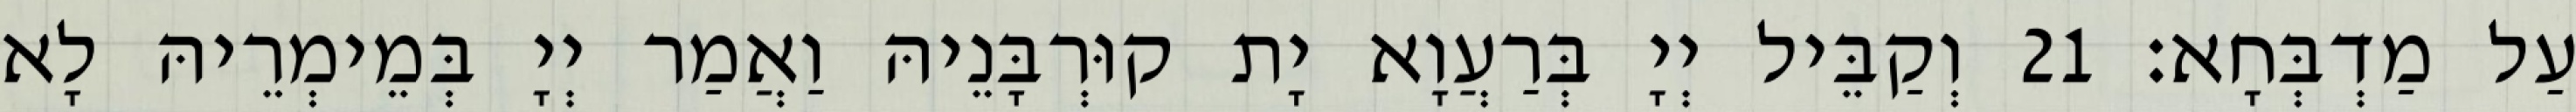
עַל מַדְבְּחָא׃ 21 וְקַבֵּיל יְיָ בְּרַעֲוָא יָת קוּרְבָּנֵיהּ וַאֲמַר יְיָ בְּמֵימְרֵיהּ לָא